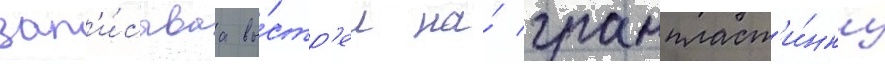
зап'и́сываа вы́стр'ел на́ грампласт'и́нку